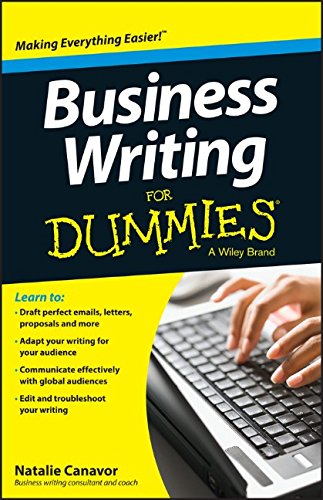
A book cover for Business Writing For Dummies; Natalie Canavor; Business & Money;